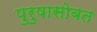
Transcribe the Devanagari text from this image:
पुरुषासोबत